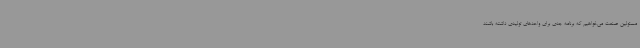
مسئولین صنعت می‌خواهیم که برنامه جدی برای واحدهای تولیدی داشته باشند